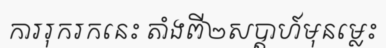
ការរុករកនេះ តាំងពី២សប្តាហ៍មុនម្លេះ